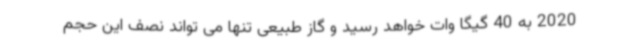
2020 به 40 گیگا وات خواهد رسید و گاز طبیعی تنها می تواند نصف این حجم